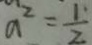
a ^ { 2 } = \frac { 1 } { 2 }